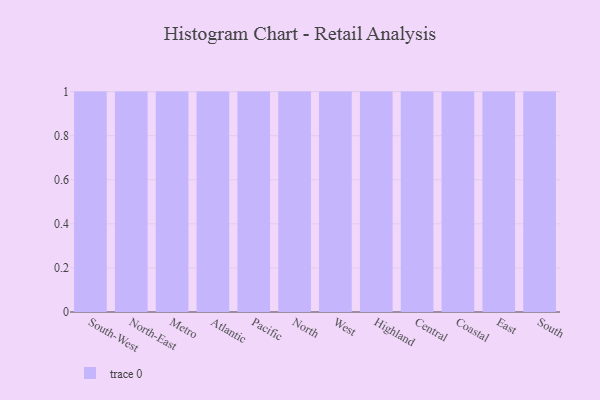
{"axis": {"x": "Region", "y": "Inventory Turnover"}, "legend": [""], "data": [{"x": "South-West", "y": 58, "type": ""}, {"x": "North-East", "y": 74, "type": ""}, {"x": "Metro", "y": 78, "type": ""}, {"x": "Atlantic", "y": 16, "type": ""}, {"x": "Pacific", "y": 92, "type": ""}, {"x": "North", "y": 91, "type": ""}, {"x": "West", "y": 75, "type": ""}, {"x": "Highland", "y": 38, "type": ""}, {"x": "Central", "y": 75, "type": ""}, {"x": "Coastal", "y": 9, "type": ""}, {"x": "East", "y": 45, "type": ""}, {"x": "South", "y": 61, "type": ""}]}